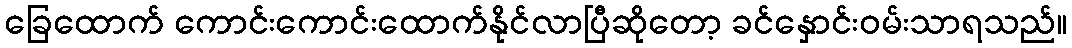
ခြေထောက် ကောင်းကောင်းထောက်နိုင်လာပြီဆိုတော့ ခင်နှောင်းဝမ်းသာရသည်။